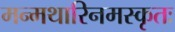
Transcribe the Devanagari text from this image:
मन्मथारिनमस्कृतः